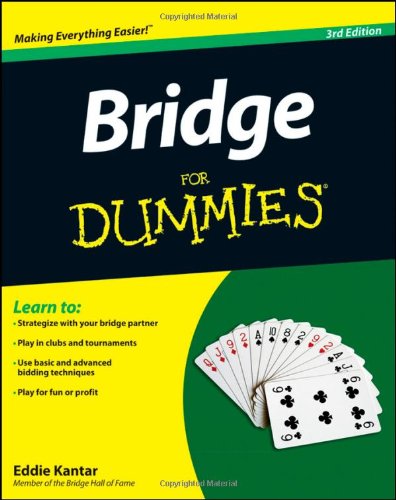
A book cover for Bridge For Dummies; Eddie Kantar; Humor & Entertainment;